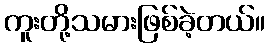
ကူးတို့သမားဖြစ်ခဲ့တယ်။